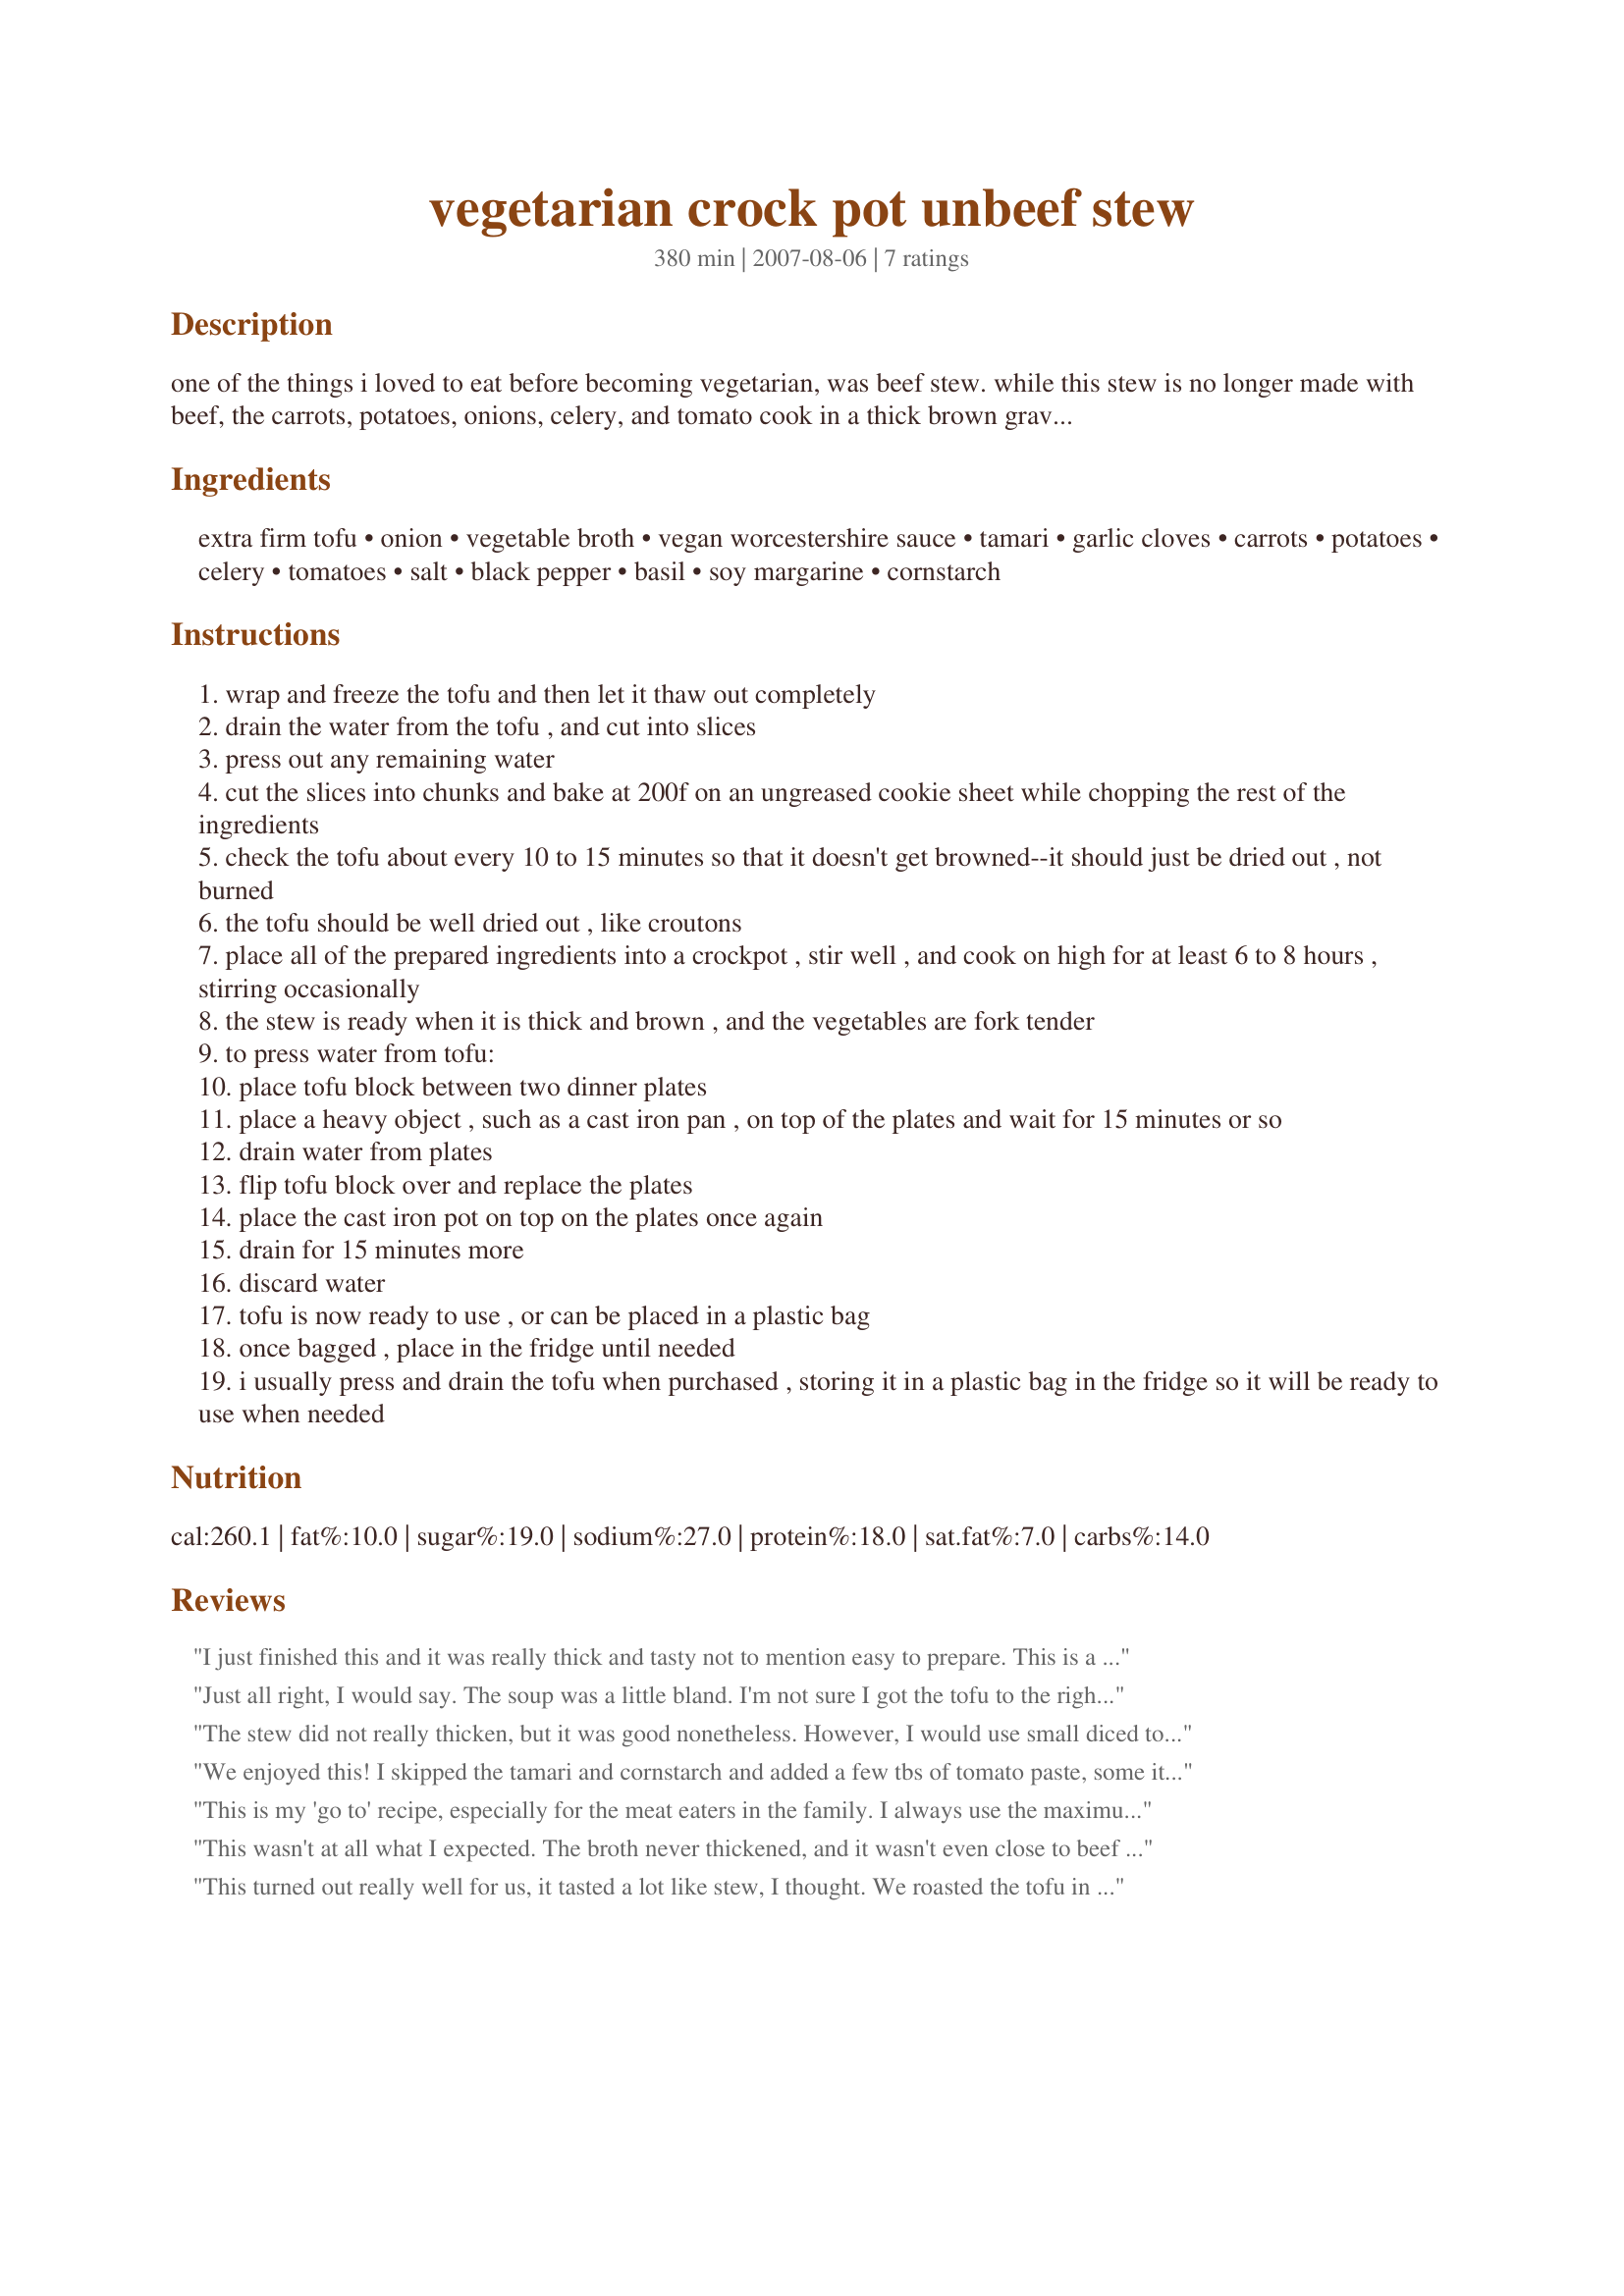
vegetarian crock pot unbeef stew
Preparation time: 380 minutes

one of the things i loved to eat before becoming vegetarian, was beef stew. while this stew is no longer made with beef, the carrots, potatoes, onions, celery, and tomato cook in a thick brown gravy. there are many variations of this recipe on the internet, this one was found on nikibone.com.

Ingredients:
extra firm tofu, onion, vegetable broth, vegan worcestershire sauce, tamari, garlic cloves, carrots, potatoes, celery, tomatoes, salt, black pepper, basil, soy margarine, cornstarch

Steps:
wrap and freeze the tofu and then let it thaw out completely
drain the water from the tofu , and cut into slices
press out any remaining water
cut the slices into chunks and bake at 200f on an ungreased cookie sheet while chopping the rest of the ingredients
check the tofu about every 10 to 15 minutes so that it doesn't get browned--it should just be dried out , not burned
the tofu should be well dried out , like croutons
place all of the prepared ingredients into a crockpot , stir well , and cook on high for at least 6 to 8 hours , stirring occasionally
the stew is ready when it is thick and brown , and the vegetables are fork tender
to press water from tofu:
place tofu block between two dinner plates
place a heavy object , such as a cast iron pan , on top of the plates and wait for 15 minutes or so
drain water from plates
flip tofu block over and replace the plates
place the cast iron pot on top on the plates once again
drain for 15 minutes more
discard water
tofu is now ready to use , or can be placed in a plastic bag
once bagged , place in the fridge until needed
i usually press and drain the tofu when purchased , storing it in a plastic bag in the fridge so it will be ready to use when needed

Reviews:
I just finished this and it was really thick and tasty not to mention easy to prepare. This is a great "comfort" meal that reminds me of my mom's cooking without the meat of course!

I couldn't find vegan worcestershire sauce so I added a few more tablespoons of low sodium tamari and used only enough veggie broth to just cover the veggies. I will definitely be making this again and again!
Just all right, I would say. The soup was a little bland. I'm not sure I got the tofu to the right consistency, but the overall flavor of the dish was only about average. Our stew did thicken up and the potatoes were delish.
The stew did not really thicken, but it was good nonetheless. However, I would use small diced tofu instead of larger chunks, so that it doesn't stand out quite as much. The toasted tofu did have a good firm texture, and everyone in my family liked it, even though they don't typically eat tofu when I serve it.
We enjoyed this! I skipped the tamari and cornstarch and added a few tbs of tomato paste, some italian seasoning and a handful of pre-soaked beans and peas and this became a lovely vegetarian minestrone. It earned a "better than the canned stuff" from my very pick, non-vegetarian roomate, which I assure you is high praise coming from a man with the palate of an 8 year old.
This is my 'go to' recipe, especially for the meat eaters in the family. I always use the maximum amount of worchestershire sauce and cornstarch. I also use pre-baked, marinated tofu that I freeze and thaw out, for extra texture. You do have to watch the salt though. It is usually best not to add any until it is finished cooking and you taste it. Mine turns out much browner (meatier looking) than the photo posted here.
This wasn't at all what I expected. The broth never thickened, and it wasn't even close to beef stew. It made a decent but salty soup.
This turned out really well for us, it tasted a lot like stew, I thought. We roasted the tofu in the oven to give it more texture and flavor. It got thick and flavorful, like regular stew. I did also add some vegetarian chicken broth powder.
